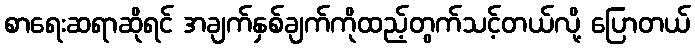
စာရေးဆရာဆိုရင် အချက်နှစ်ချက်ကိုထည့်တွက်သင့်တယ်လို့ ပြောတယ်